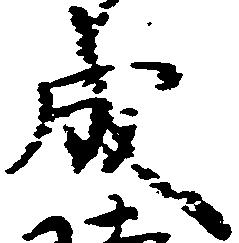
成